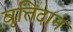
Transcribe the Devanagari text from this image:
वृतिदान